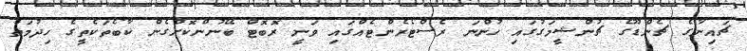
ޗައިނާގެ ޗެންޑޫގެ ޗުންޝީމަގުގައި ހުންނަ ރެސްޓޯރެންޓެއްގައި ވަނީ ރޮބޮޓް ބޭނުންކޮށްގެން ކާބޯތަކެތީގެ ހިދުމަތް